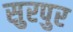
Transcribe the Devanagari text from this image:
सुरपुर